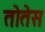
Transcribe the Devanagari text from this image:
तोतेस